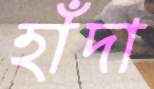
হাঁদা